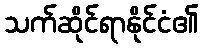
သက်ဆိုင်ရာနိုင်ငံ၏